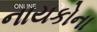
નાયકોના